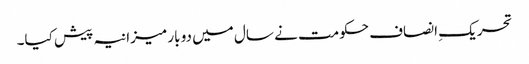
تحریکِ انصاف حکومت نے سال میں دو بار میزانیہ پیش کیا۔